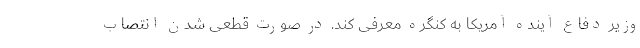
وزیر دفاع آینده آمریکا به کنگره معرفی کند. در صورت قطعی شدن انتصاب